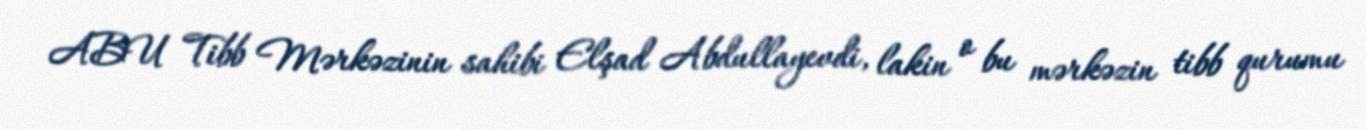
ABU Tibb Mərkəzinin sahibi Elşad Abdullayevdi, lakin o bu mərkəzin tibb qurumu